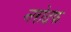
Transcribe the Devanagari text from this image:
नरोदफ